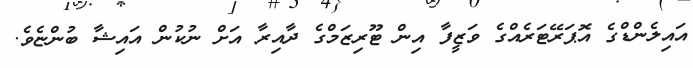
އައިލެންޑްގެ އޮޕަރޭޓަރެއްގެ ވަޒީފާ އިން ޓޫރިޒަމްގެ ދާއިރާ އަށް ނުކުން އައިޝާ ބުންޏެވެ.